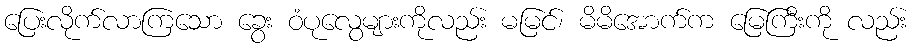
ပြေးလိုက်လာကြသော ခွေး ဝံပုလွေများကိုလည်း မမြင်၊ မိမိအောက်က မြေကြီးကို လည်း